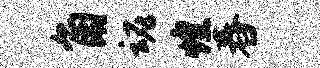
角魂煌舂